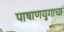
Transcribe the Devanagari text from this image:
पाषाणयुगाचा